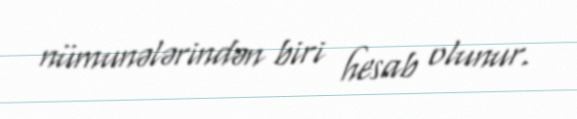
nümunələrindən biri hesab olunur.